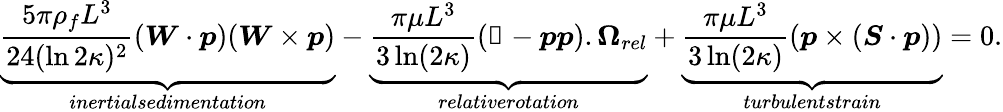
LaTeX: \underbrace{\frac{5\pi\rho_{f}L^{3}}{24(\ln 2\kappa)^{2}}(\boldsymbol{W}\cdot\boldsymbol{p})(\boldsymbol{W}\times\boldsymbol{p})}_{\textit{inertialsedimentation}}-\underbrace{\frac{\pi\mu L^{3}}{3\ln(2\kappa)}(\mathbb{1}-\boldsymbol{p}\boldsymbol{p}).\boldsymbol{\Omega}_{\textit{rel}}}_{\textit{relativerotation}}+\underbrace{\frac{\pi\mu L^{3}}{3\ln(2\kappa)}(\boldsymbol{p}\times(\boldsymbol{S}\cdot\boldsymbol{p}))}_{\textit{turbulentstrain}}=0.